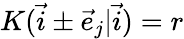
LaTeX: K(\vec{i}\pm\vec{e}_{j}|\vec{i})=r